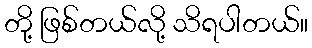
တို့ ဖြစ်တယ်လို့ သိရပါတယ်။